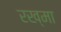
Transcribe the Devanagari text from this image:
रख्मा